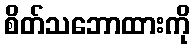
စိတ်သဘောထားကို